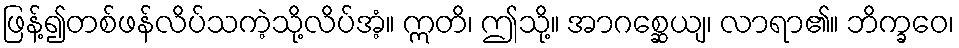
ဖြန့်၍တစ်ဖန်လိပ်သကဲ့သို့လိပ်အံ့။ ဣတိ၊ ဤသို့။ အာဂစ္ဆေယျ၊ လာရာ၏။ ဘိက္ခဝေ၊